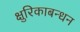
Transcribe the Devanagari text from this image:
क्षुरिकाबन्धन